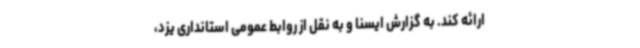
ارائه کند. به گزارش ایسنا و به نقل از روابط عمومی استانداری یزد،